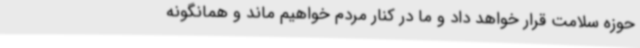
حوزه سلامت قرار خواهد داد و ما در کنار مردم خواهیم ماند و همانگونه